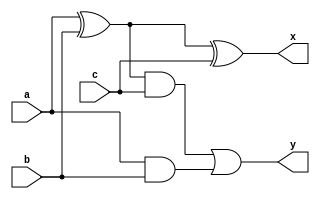
module fulladder1(input wire a,b,c,output wire x,y);
    assign x=((a^b)^c);
    assign y=(((a^b)&c)|(a&b));
endmodule

module fulladd(a,b,c,sum,carry);
    input wire [3:0]a,b;
    input wire c;
    output wire [3:0]sum,carry;
    fulladder1 a1(a[0],b[0],c,sum[0],carry[0]);
    fulladder1 a2(a[1],b[1],carry[0],sum[1],carry[1]);
    fulladder1 a3(a[2],b[2],carry[1],sum[2],carry[2]);
    fulladder1 a4(a[3],b[3],carry[2],sum[3],carry[3]);
endmodule